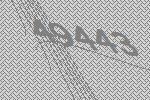
49443